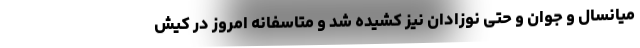
میانسال و جوان و حتی نوزادان نیز کشیده شد و متاسفانه امروز در کیش